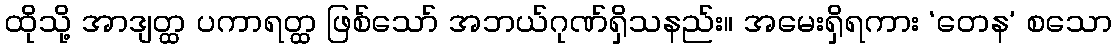
ထိုသို့ အာဒျတ္ထ ပကာရတ္ထ ဖြစ်သော် အဘယ်ဂုဏ်ရှိသနည်း။ အမေးရှိရကား ‘တေန’ စသော